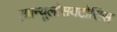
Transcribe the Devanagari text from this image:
एग्रान्यूलोसयटोसिस